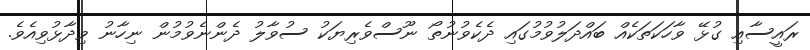
ރައީސާއި ގުޅޭ ވާހަކަތަކެއް ބައްދަލުވުމުގައި ދެކެވުނުތޯ ނޫސްވެރިޔަކު ސުވާލު ދެންނެވުމުން ނިހާނު ވިދާޅުވިއެވެ.